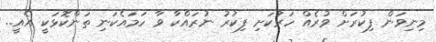
މިނިވަން ފިކުރަށް ވުރެއް ހަރުކަށި ފިކުރު ނުރައްކާ ވާ ހަމައެކަނި ތަންކޮޅަކީ އެއީ..